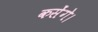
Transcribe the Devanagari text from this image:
कसेंगे।